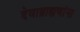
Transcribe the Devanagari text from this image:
देवाब्राह्मणांना